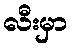
လီးမှာ